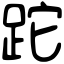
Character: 跎